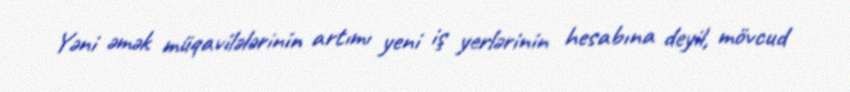
Yəni əmək müqavilələrinin artımı yeni iş yerlərinin hesabına deyil, mövcud